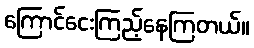
ကြောင်ငေးကြည့်နေကြတယ်။